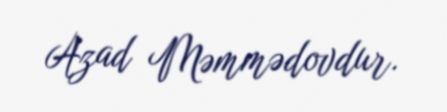
Azad Məmmədovdur.